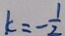
k = - \frac { 1 } { 2 }